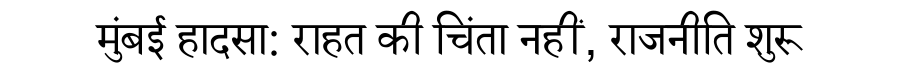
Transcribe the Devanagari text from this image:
मुंबई हादसा: राहत की चिंता नहीं, राजनीति शुरू